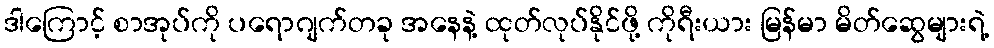
ဒါကြောင့် စာအုပ်ကို ပရောဂျက်တခု အနေနဲ့ ထုတ်လုပ်နိုင်ဖို့ ကိုရီးယား မြန်မာ မိတ်ဆွေများရဲ့